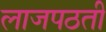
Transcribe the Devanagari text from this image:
लाजपठती